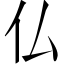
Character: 仏